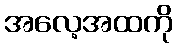
အလေ့အထကို